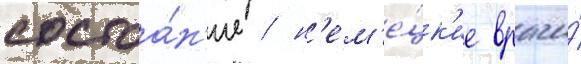
состоа́н'ие / н'ем'е́цк'ие врачи́